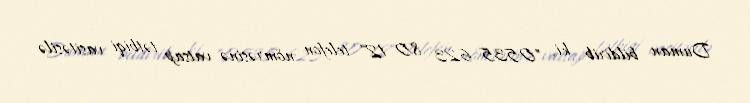
Duman bildirib ki, "0535 623 80 12" telefon nömrəsinə vatsap tətbiqi vasitəsilə